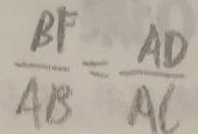
\frac { B F } { A B } = \frac { A D } { A C }